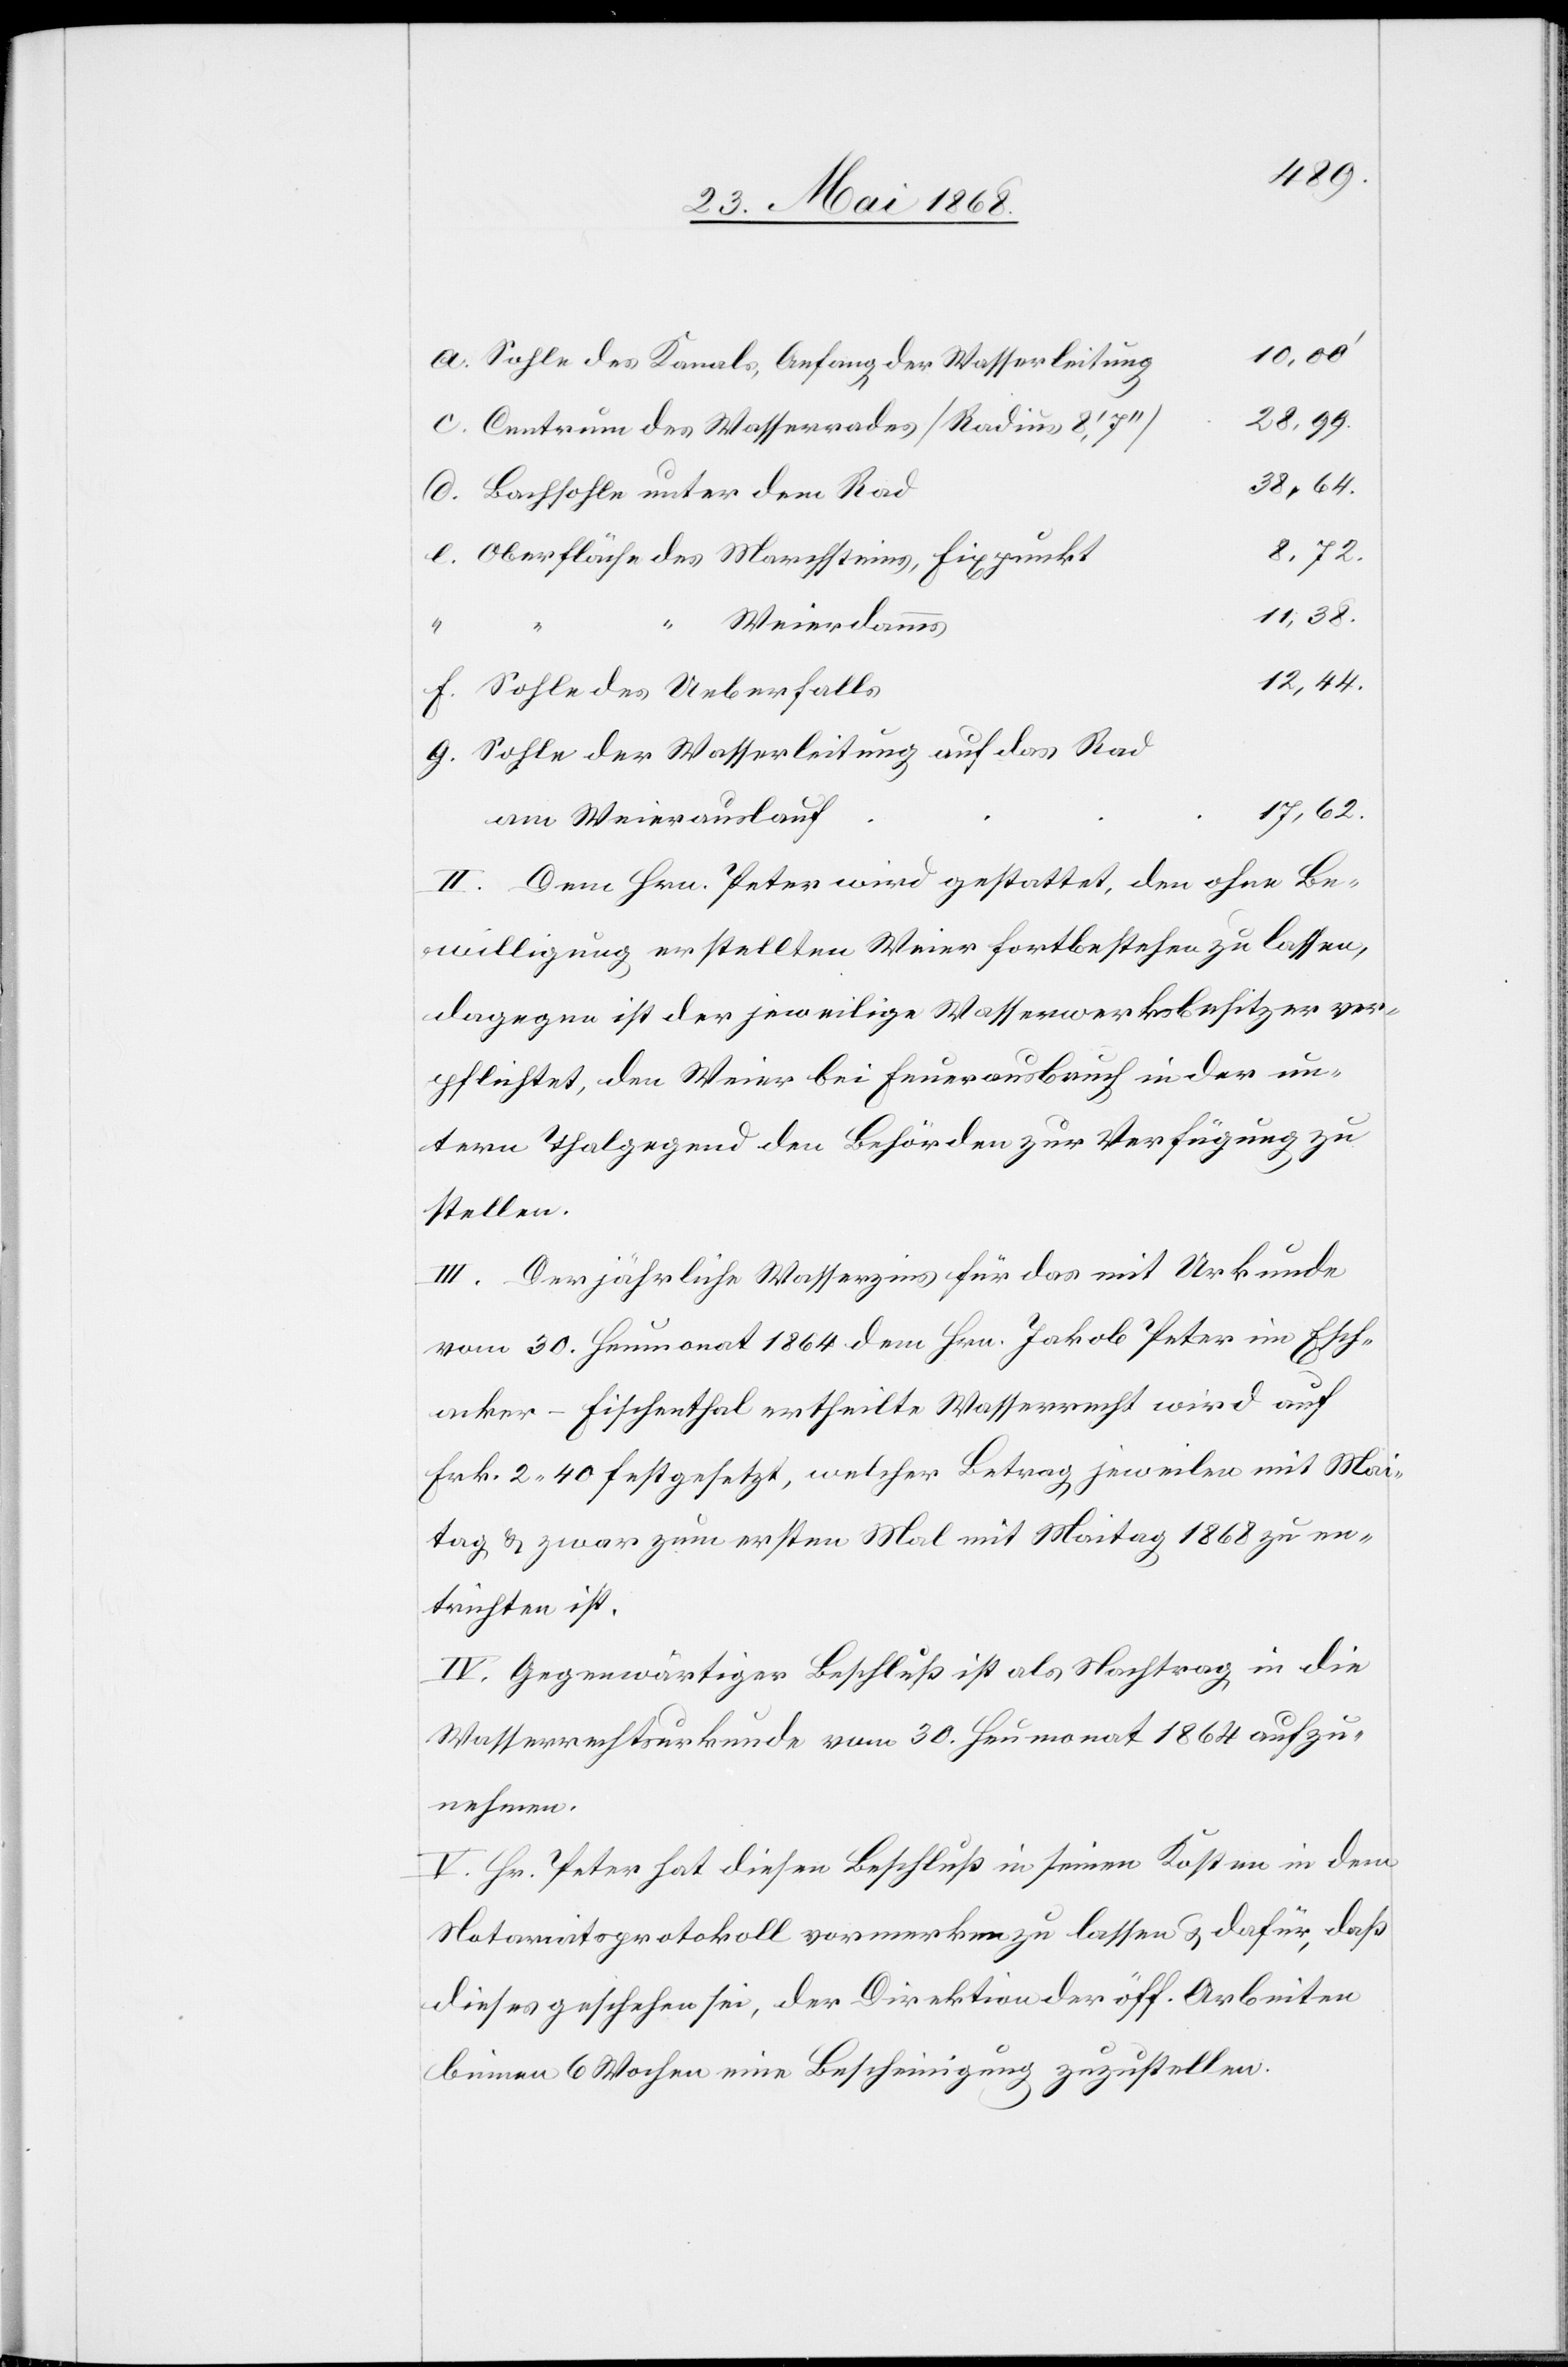
Sohle des Kanals, Anfang der Wasserleitung
28,99.
Centrum des Wasserrades [Radius 8‘, 7‘‘]
38,64.
Bachsohle unter dem Rad
Oberfläche des Marchsteins, Fixpunkt
11,38.
c.
g.
Weierdamms
12,44.
Sohle des Ueberfalls
Sohle der Wasserleitung auf das Rad
17,62.
am Weierauslauf
II. Dem Hrn. Peter wird gestattet, den ohne Be¬
willigung erstellten Weier fortbestehen zu lassen,
dagegen ist der jeweilige Wasserwerksbesitzer ver¬
pflichtet, den Weier bei Feuerausbruch in der un¬
tern Thalgegend den Behörden zur Verfügung zu
stellen.
III. Der jährliche Wasserzins für das mit Urkunde
vom 30. Heumonat 1864 dem Hrn. Jakob Peter im Esch¬
acker-Fischenthal ertheilte Wasserrecht wird auf
Frk. 2. 40 festgesetzt, welcher Betrag jeweilen mit Mai¬
tag & zwar zum ersten Mal mit Maitag 1868 zu en¬
trichten ist.
IV. Gegenwärtiger Beschluß ist als Nachtrag in die
Wasserrechtsurkunde vom 30. Heumonat 1864 aufzu¬
nehmen.
V. Hr. Peter hat diesen Beschluß in seinen Kosten in dem
Notariatsprotokoll vormerken zu lassen & dafür, daß
dieses geschehen sei, der Direktion der öff. Arbeiten
binnen 6 Wochen eine Bescheinigung zuzustellen.